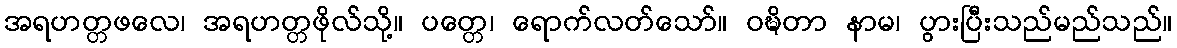
အရဟတ္တဖလေ၊ အရဟတ္တဖိုလ်သို့။ ပတ္တေ၊ ရောက်လတ်သော်။ ဝဍ္ဎိတာ နာမ၊ ပွားပြီးသည်မည်သည်။